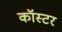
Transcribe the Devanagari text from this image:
कॉस्टर